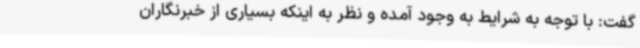
گفت: با توجه به شرایط به وجود آمده و نظر به اینکه بسیاری از خبرنگاران